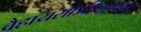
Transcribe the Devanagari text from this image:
वैहायसोऽधिभूम्याम्।